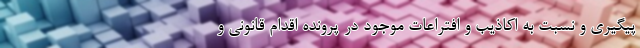
پیگیری و نسبت به اکاذیب و افتراعات موجود در پرونده اقدام قانونی و